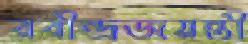
রবীন্দ্রজয়ন্তী